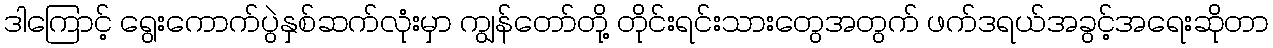
ဒါကြောင့် ရွေးကောက်ပွဲနှစ်ဆက်လုံးမှာ ကျွန်တော်တို့ တိုင်းရင်းသားတွေအတွက် ဖက်ဒရယ်အခွင့်အရေးဆိုတာ